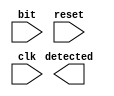
module sequence_detector_1011 (
    output reg detected,
    input wire bit,
    input wire reset,
    input wire clk
);

    localparam state0 = 2'b00, state1 = 2'b01, state2 = 2'b10, state3 = 2'b11;
    localparam STATE_SIZE = 2;
    reg [STATE_SIZE - 1:0] present_state, next_state;

    // state update
    always @(posedge clk) begin
        if (reset) begin
            present_state <= state0;
        end
        else begin
            present_state <= next_state;
        end
    end

    // state change logic
    always @(bit, present_state) begin
        case (present_state)
            state0: begin
                if (bit) begin
                    next_state <= state1;
                end
                else begin
                    next_state <= state0;
                end
            end
            state1: begin
                if (bit) begin
                    next_state <= state1;
                end
                else begin
                    next_state <= state2;
                end
            end
            state2: begin
                if (bit) begin
                    next_state <= state3;     
                end
                else begin
                    next_state <= state0;
                end
            end
            state3: begin
                if (bit) begin
                    next_state <= state1;
                end
                else begin
                    next_state <= state2;
                end
            end
            default: next_state <= state0;
        endcase
    end



    
endmodule